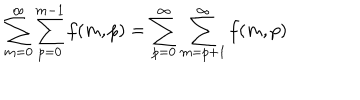
LaTeX: \sum _ { m = 0 } ^ { \infty } \sum _ { p = 0 } ^ { m - 1 } f ( m , p ) = \sum _ { p = 0 } ^ { \infty } \sum _ { m = p + 1 } ^ { \infty } f ( m , p )